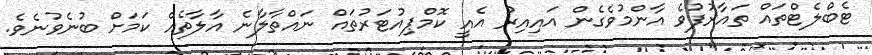
ޓެބްލެޓްތައް ތައާރުފުވެ އާންމުވެގެން އައިއިރު އެއީ ކޮމްޕިއުޓަރުތައް ނައްތާލާނެ އާލާތެއް ކަމަށް ބުނެވުނެވެ.